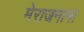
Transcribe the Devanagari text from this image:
मेराजनामा